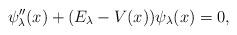
LaTeX: \begin{align*} \psi _{\lambda }^{\prime \prime }(x)+ ( E_{\lambda }-V(x) ) \psi_{\lambda }(x)=0, \end{align*}